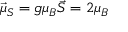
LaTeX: { \vec { \mu } } _ { S } = g \mu _ { B } { \vec { S } } = 2 \mu _ { B }